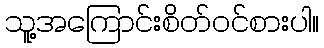
သူ့အကြောင်းစိတ်ဝင်စားပါ။